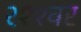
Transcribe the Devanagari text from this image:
२११वर